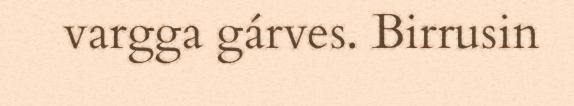
vargga gárves. Birrusin